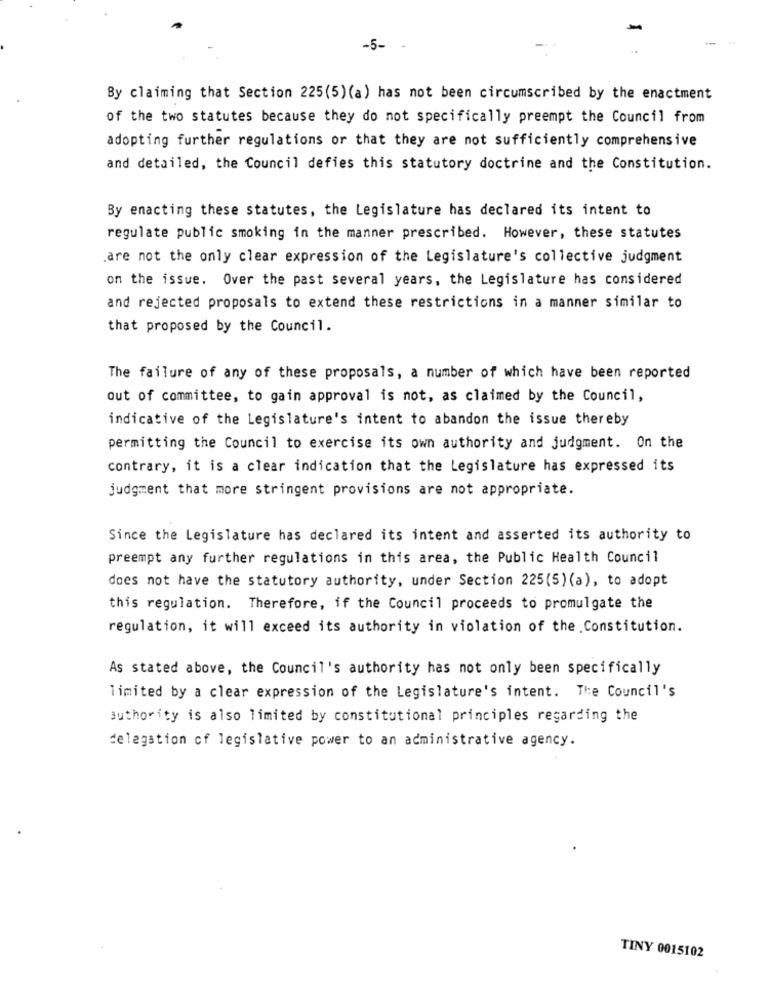
-5-
By claiming that Section 225(5)(a) has not been circumscribed by the enactment
of the two statutes because they do not specifically preempt the Council from
adopting further regulations or that they are not sufficiently comprehensive
and detailed, the Council defies this statutory doctrine and the Constitution.
By enacting these statutes, the Legislature has declared its intent to
regulate public smoking in the manner prescribed. However, these statutes
.are not the only clear expression of the Legislature's collective judgment
on the issue. Over the past several years, the Legislature has considered
and rejected proposals to extend these restrictions in a manner similar to
that proposed by the Council.
The failure of any of these proposals, a number of which have been reported
out of committee, to gain approval is not, as claimed by the Council,
indicative of the Legislature's intent to abandon the issue thereby
permitting the Council to exercise its own authority and judgment. On the
contrary, it is a clear indication that the Legislature has expressed its
judgment that more stringent provisions are not appropriate.
Since the Legislature has declared its intent and asserted its authority to
preempt any further regulations in this area, the Public Health Council
does not have the statutory authority, under Section 225(5)(a), to adopt
this regulation. Therefore, if the Council proceeds to promulgate the
regulation, it will exceed its authority in violation of the Constitution.
As stated above, the Council's authority has not only been specifically
limited by a clear expression of the Legislature's intent. The Council's
authority is also limited by constitutional principles regarding the
delegation of legislative power to an administrative agency.
TINY 0015102